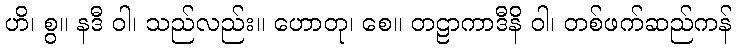
ဟိ၊ စွ။ နဒီ ဝါ၊ သည်လည်း။ ဟောတု၊ စေ။ တဠာကာဒီနိ ဝါ၊ တစ်ဖက်ဆည်ကန်